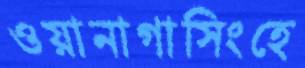
ওয়ানাগাসিংহে